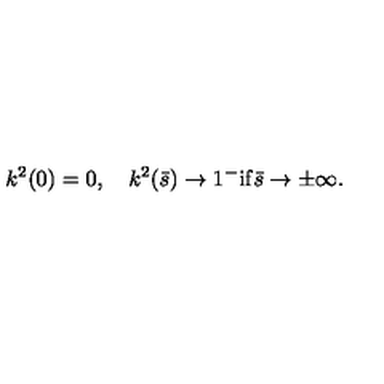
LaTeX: k ^ { 2 } ( 0 ) = 0 , \quad k ^ { 2 } ( \bar { s } ) \to 1 ^ { - } \mathrm { i f } \bar { s } \to \pm \infty { . }